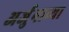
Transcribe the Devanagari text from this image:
अर्जुनाव्या